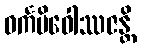
ဓင်္ကမိဝေါဿဇန္တိ